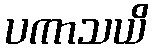
ပကာသယိ